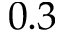
0 . 3